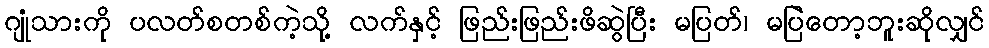
ဂျုံသားကို ပလတ်စတစ်ကဲ့သို့ လက်နှင့် ဖြည်းဖြည်းဖိဆွဲပြီး မပြတ်၊ မပြဲတော့ဘူးဆိုလျှင်